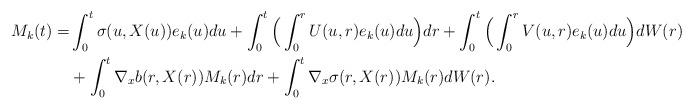
LaTeX: \begin{align*}M_k (t) =& \int_0^t \sigma(u, X(u)) e_k(u) du + \int_0^t \Big( \int_0^r U(u, r) e_k(u) du\Big) dr + \int_0^t \Big( \int_0^r V(u, r) e_k(u) du \Big) dW(r)\\&+\int_0^t \nabla_x b(r, X(r)) M_k(r) dr + \int_0^t \nabla_x \sigma (r, X(r)) M_k(r) dW(r).\end{align*}